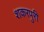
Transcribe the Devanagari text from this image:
शकरपुरी